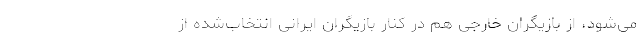
می‌شود، از بازیگران خارجی هم در کنار بازیگران ایرانی انتخاب‌شده از